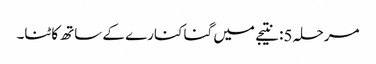
مرحلہ 5: نتیجے میں گنا کنارے کے ساتھ کاٹنا۔